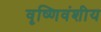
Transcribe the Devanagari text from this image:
वृष्णिवंशीय